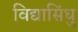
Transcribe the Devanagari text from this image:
विद्यासिंधु